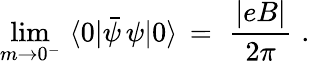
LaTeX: \operatorname*{lim}_{m\rightarrow 0^{-}}\, \, \langle 0|\bar{\psi}\, \psi|0\rangle\, =\, \, \frac{|eB|}{2\pi}\, \, .